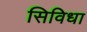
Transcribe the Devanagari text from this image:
सिविधा